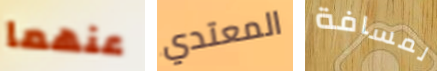
عنهما المعتدي لمسافة